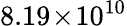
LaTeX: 8.19\! \times\! 10^{10}